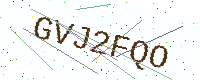
Text: GVJ2FQO